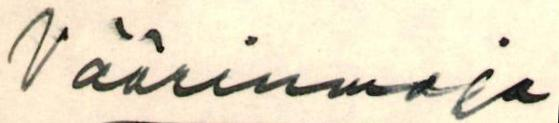
Väärinmaja